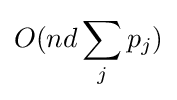
O(nd\sum _{j}p_{j})